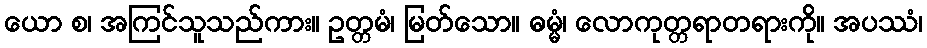
ယော စ၊ အကြင်သူသည်ကား။ ဥတ္တမံ၊ မြတ်သော။ ဓမ္မံ၊ လောကုတ္တရာတရားကို။ အပဿံ၊